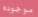
موجوده